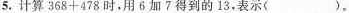
5.计算368+478时，用6加7得到的13，表示()。